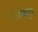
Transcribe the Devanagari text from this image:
दारुकपुत्र